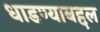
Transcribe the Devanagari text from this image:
धाडण्याबद्दल